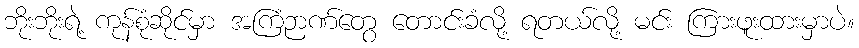
ဘိုးဘိုးရဲ့ ကုန်စုံဆိုင်မှာ အကြံဉာဏ်တွေ တောင်းခံလို့ ရတယ်လို့ မင်း ကြားဖူးထားမှာပဲ။